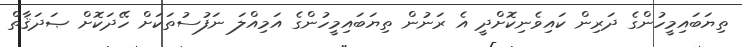
ތިޔަބައިމީހުންގެ ދަރިން ކައިވެނިކޮށްދީ އެ ރަނުން ތިޔަބައިމީހުންގެ އަމިއްލަ ނަފުސުތަކަށް ހޭދަކޮށް ޞަދަޤާތް